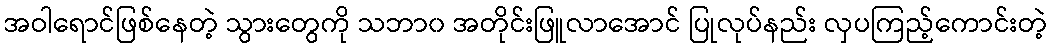
အဝါရောင်ဖြစ်နေတဲ့ သွားတွေကို သဘာ၀ အတိုင်းဖြူလာအောင် ပြုလုပ်နည်း လှပကြည့်ကောင်းတဲ့